Lunatic asylums in Bengal annual reports 1912-1924 - 1912-1924
Year: 1912
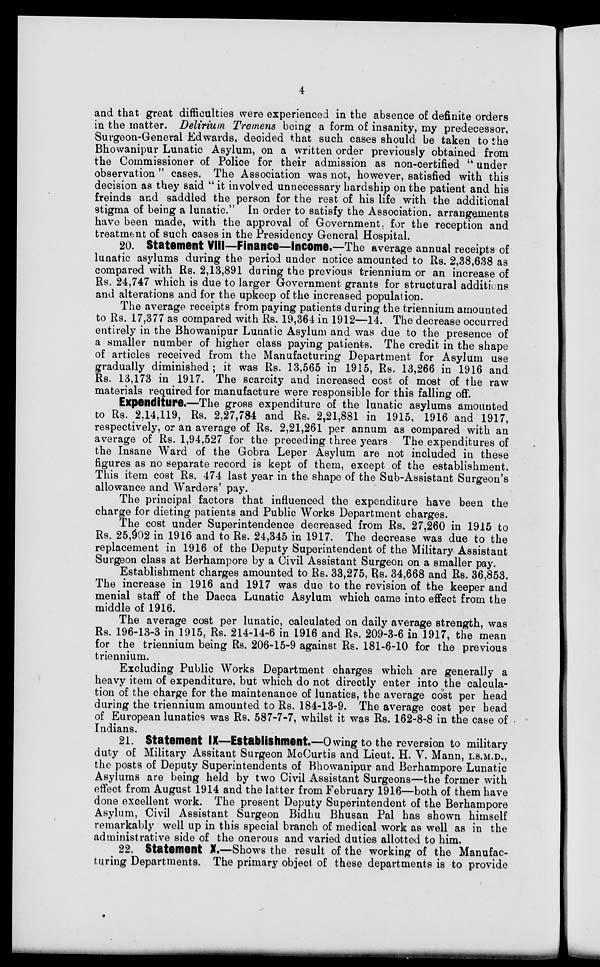
4
and that great difficulties were experienced in the absence of definite orders
in the matter. Delirium Tremens being a form of insanity, my predecessor,
Surgeon-General Edwards, decided that such cases should be taken to the
Bhowanipur Lunatic Asylum, on a written order previously obtained from
the Commissioner of Police for their admission as non-certified " under
observation " cases. The Association was not, however, satisfied with this
decision as they said " it involved unnecessary hardship on the patient and his
freinds and saddled the person for the rest of his life with the additional
stigma of being a lunatic." In order to satisfy the Association, arrangements
have been made, with the approval of Government, for the reception and
treatment of such cases in the Presidency General Hospital.
20. Statement VIII—Finance—Income.—The average annual receipts of
lunatic asylums during the period under notice amounted to Rs. 2,38,638 as
compared with Rs. 2,13,891 during the previous triennium or an increase of
Rs. 24,747 which is due to larger Government grants for structural additions
and alterations and for the upkeep of the increased population.
The average receipts from paying patients during the triennium amounted
to Rs. 17,377 as compared with Rs. 19,364 in 1912—14. The decrease occurred
entirely in the Bhowanipur Lunatic Asylum and was due to the presence of
a smaller number of higher class paying patients. The credit in the shape
of articles received from the Manufacturing Department for Asylum use
gradually diminished ; it was Rs. 13,565 in 1915, Rs. 13,266 in 1916 and
Rs. 13,173 in 1917. The scarcity and increased cost of most of the raw
materials required for manufacture were responsible for this falling off.
Expenditure.—The gross expenditure of the lunatic asylums amounted
to Rs. 2,14,119, Rs. 2,27,784 and Rs. 2,21,881 in 1915, 1916 and 1917,
respectively, or an average of Rs. 2,21,261 per annum as compared with an
average of Rs. 1,94,527 for the preceding three years The expenditures of
the Insane Ward of the Gobra Leper Asylum are not included in these
figures as no separate record is kept of them, except of the establishment.
This item cost Rs. 474 last year in the shape of the Sub-Assistant Surgeon's
allowance and Warders' pay.
The principal factors that influenced the expenditure have been the
charge for dieting patients and Public Works Department charges.
The cost under Superintendence decreased from Rs. 27,260 in 1915 to
Rs. 25,902 in 1916 and to Rs. 24,345 in 1917. The decrease was due to the
replacement in 1916 of the Deputy Superintendent of the Military Assistant
Surgeon class at Berhampore by a Civil Assistant Surgeon on a smaller pay.
Establishment charges amounted to Rs. 33,275, Rs. 34,668 and Rs. 36,853.
The increase in 1916 and 1917 was due to the revision of the keeper and
menial staff of the Dacca Lunatic Asylum which came into effect from the
middle of 1916.
The average cost per lunatic, calculated on daily average strength, was
Rs. 196-13-3 in 1915, Rs. 214-14-6 in 1916 and Rs. 209-3-6 in 1917, the mean
for the triennium being Rs. 206-15-9 against Rs. 181-6-10 for the previous
triennium.
Excluding Public Works Department charges which are generally a
heavy item of expenditure, but which do not directly enter into the calcula-
tion of the charge for the maintenance of lunatics, the average cost per head
during the triennium amounted to Rs. 184-13-9. The average cost per bead
of European lunatics was Rs. 587-7-7, whilst it was Rs. 162-8-8 in the case of
Indians.
21. Statement IX—Establishment—Owing to the reversion to military
duty of Military Assitant Surgeon McCurtis and Lieut. H. V. Mann, I.S.M.D.,
the posts of Deputy Superintendents of Bhowanipur and Berhampore Lunatic
Asylums are being held by two Civil Assistant Surgeons—the former with
effect from August 1914 and the latter from February 1916—both of them have
done excellent work. The present Deputy Superintendent of the Berhampore
Asylum, Civil Assistant Surgeon Bidhu Bhusan Pal has shown himself
remarkably well up in this special branch of medical work as well as in the
administrative side of the onerous and varied duties allotted to him.
22. Statement X.—Shows the result of the working of the Manufac-
turing Departments. The primary object of these departments is to provide